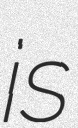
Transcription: is